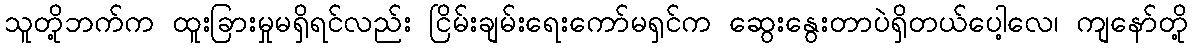
သူတို့ဘက်က ထူးခြားမှုမရှိရင်လည်း ငြိမ်းချမ်းရေးကော်မရှင်က ဆွေးနွေးတာပဲရှိတယ်ပေါ့လေ၊ ကျနော်တို့